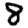
Digit: 8